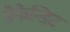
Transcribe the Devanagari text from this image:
डेफेन्डिट